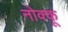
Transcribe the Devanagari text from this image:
नोक्कू